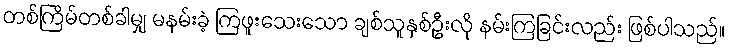
တစ်ကြိမ်တစ်ခါမျှ မနမ်းခဲ့ ကြဖူးသေးသော ချစ်သူနှစ်ဦးလို နမ်းကြခြင်းလည်း ဖြစ်ပါသည်။